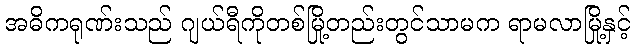
အဓိကရုဏ်းသည် ဂျယ်ရီကိုတစ်မြို့တည်းတွင်သာမက ရာမလာမြို့နှင့်